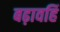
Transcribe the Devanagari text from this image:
बढ़ावहिं